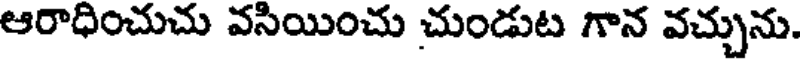
ఆరాధించుచు వసియించు చుండుట గాన వచ్చును.